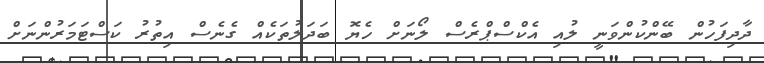
ދާދިފަހުން ބޭންކުންވަނީ ލުއި އެކްސްޕްރެސް ލޯނަށް ހެޔޮ ބަދަލުތަކެއް ގެނެސް އިތުރު ކަސްޓަމަރުންނަށް